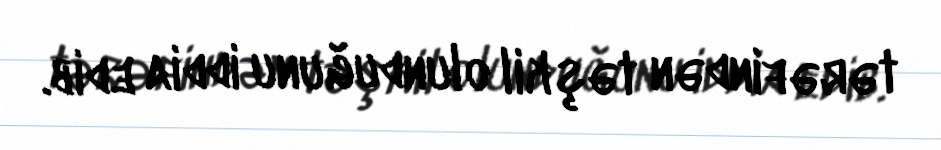
tərəfindən təşkil olunduğunu iddia edib.